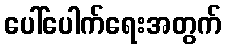
ပေါ်ပေါက်ရေးအတွက်